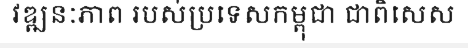
វឌ្ឍនៈភាព របស់ប្រទេសកម្ពុជា ជាពិសេស